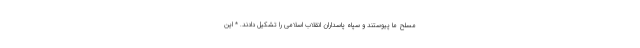
مسلح ما پیوستند و سپاه پاسداران انقلاب اسلامی را تشکیل دادند. * این